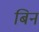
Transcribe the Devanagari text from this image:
बिन